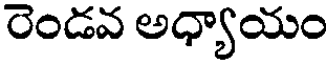
రెండవ అధ్యాయం